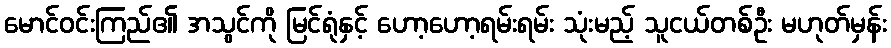
မောင်ဝင်းကြည်၏ အသွင်ကို မြင်ရုံနှင့် ဟော့ဟော့ရမ်းရမ်း သုံးမည့် သူငယ်တစ်ဦး မဟုတ်မှန်း